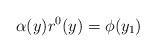
LaTeX: \begin{align*}\alpha(y) r^0(y) = \phi(y_1)\end{align*}